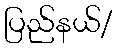
ပြည်နယ်/